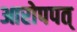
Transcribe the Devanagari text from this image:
आरोपपत्